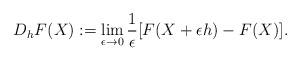
LaTeX: \begin{align*} D_hF (X):=\lim_{\epsilon \rightarrow 0}\frac{1}{\epsilon}[F(X+\epsilon h)-F(X)].\end{align*}